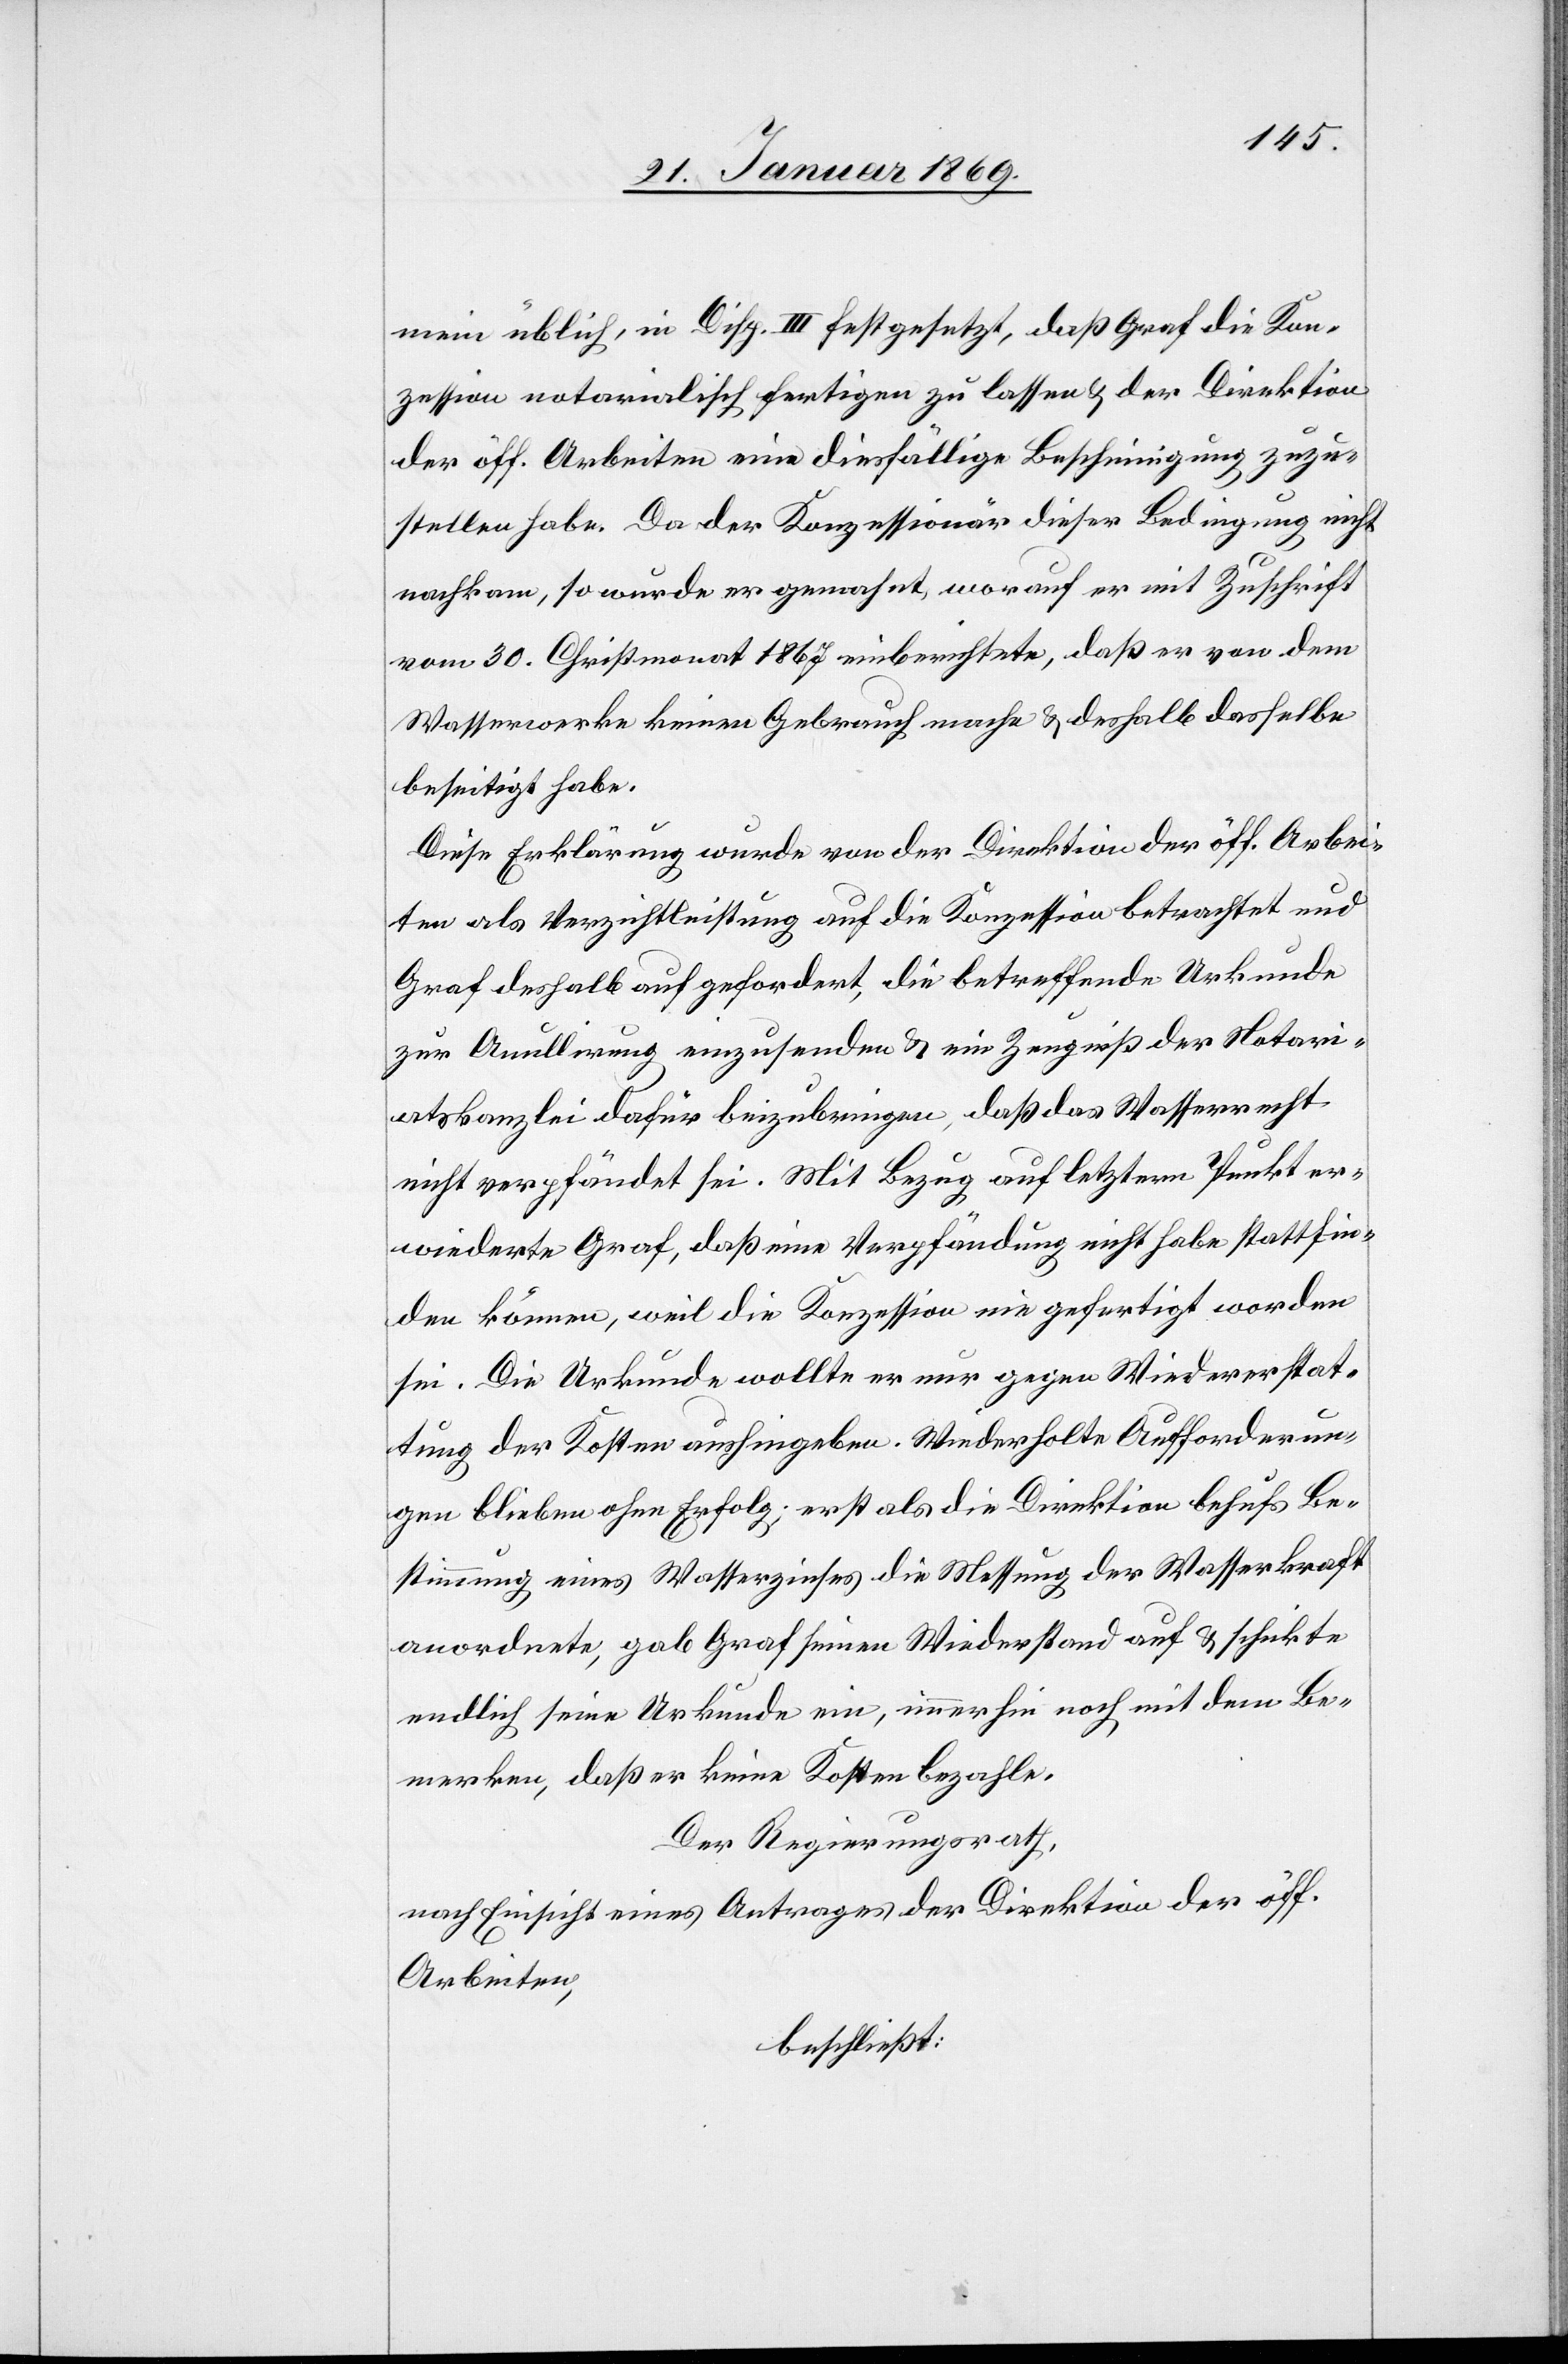
mein üblich, in Disp. III festgesetzt, daß Graf die Kon¬
zession notarialisch fertigen zu lassen & der Direktion
der öff. Arbeiten eine diesfällige Bescheinigung zuzu¬
stellen habe. Da der Konzessionär dieser Bedingung nicht
nachkam, so wurde er gemahnt, worauf er mit Zuschrift
vom 30. Christmonat 1867 einberichtete, daß er von dem
Wasserrechte keinen Gebrauch mache & deshalb dasselbe
beseitigt habe.
Diese Erklärung wurde von der Direktion der öff. Arbei¬
ten als Verzichtleistung auf die Konzession betrachtet und
Graf deshalb aufgefordert, die betreffende Urkunde
zur Annullirung einzusenden & ein Zeugniß der Notari¬
atskanzlei dafür beizubringen, daß das Wasserrecht
nicht gefährdet sei. Mit Bezug auf letztern Punkt er¬
wiederte Graf, daß eine Verpfändung nicht habe stattfin¬
den können, weil die Konzession nie gefertigt worden
sei. Die Urkunde wollte er nur gegen Wiedererstat¬
tung der Kosten aushingeben. Wiederholte Aufforderun¬
gen blieben ohne Erfolg; erst als die Direktion behufs Be¬
stimmung eines Wasserzinses die Messung der Wasserkraft
anordnete, gab Graf seinen Wiederstand auf & schickte
endlich seine Urkunde ein, immerhin noch mit dem Be¬
merken, daß er keine Kosten bezahle.
Der Regierungsrath,
nach Einsicht eines Antrages der Direktion der öff.
Arbeiten,
beschließt: